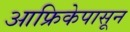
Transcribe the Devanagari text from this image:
आफ्रिकेपासून